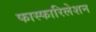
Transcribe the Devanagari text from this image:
फास्फारिलेशन